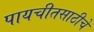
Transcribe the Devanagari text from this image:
पायचीतसाठीचे